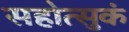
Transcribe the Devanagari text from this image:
सहोत्सुकं